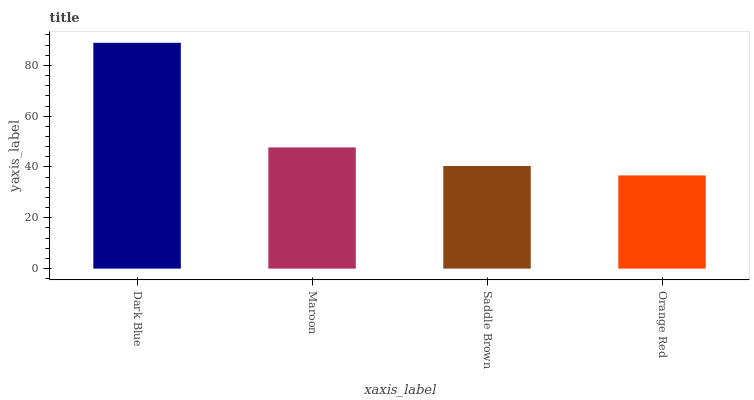
| xaxis_label | bars |
 | --- | --- |
 | Dark Blue | 88.9 |
 | Maroon | 47.7 |
 | Saddle Brown | 40.4 |
 | Orange Red | 36.7 |